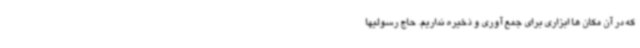
که در آن مکان ها ابزاری برای جمع آوری و ذخیره نداریم. حاج رسولیها